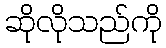
ဆိုလိုသည်ကို